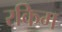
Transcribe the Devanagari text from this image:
रकिम